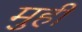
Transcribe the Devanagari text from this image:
मुही